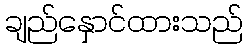
ချည်နှောင်ထားသည်